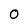
Character: O